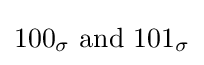
100_{\sigma }{\text{ and }}101_{\sigma }